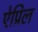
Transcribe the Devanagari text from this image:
ऐप्रिल